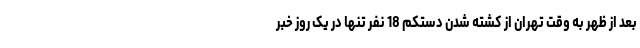
بعد از ظهر به وقت تهران از کشته شدن دستکم 18 نفر تنها در یک روز خبر